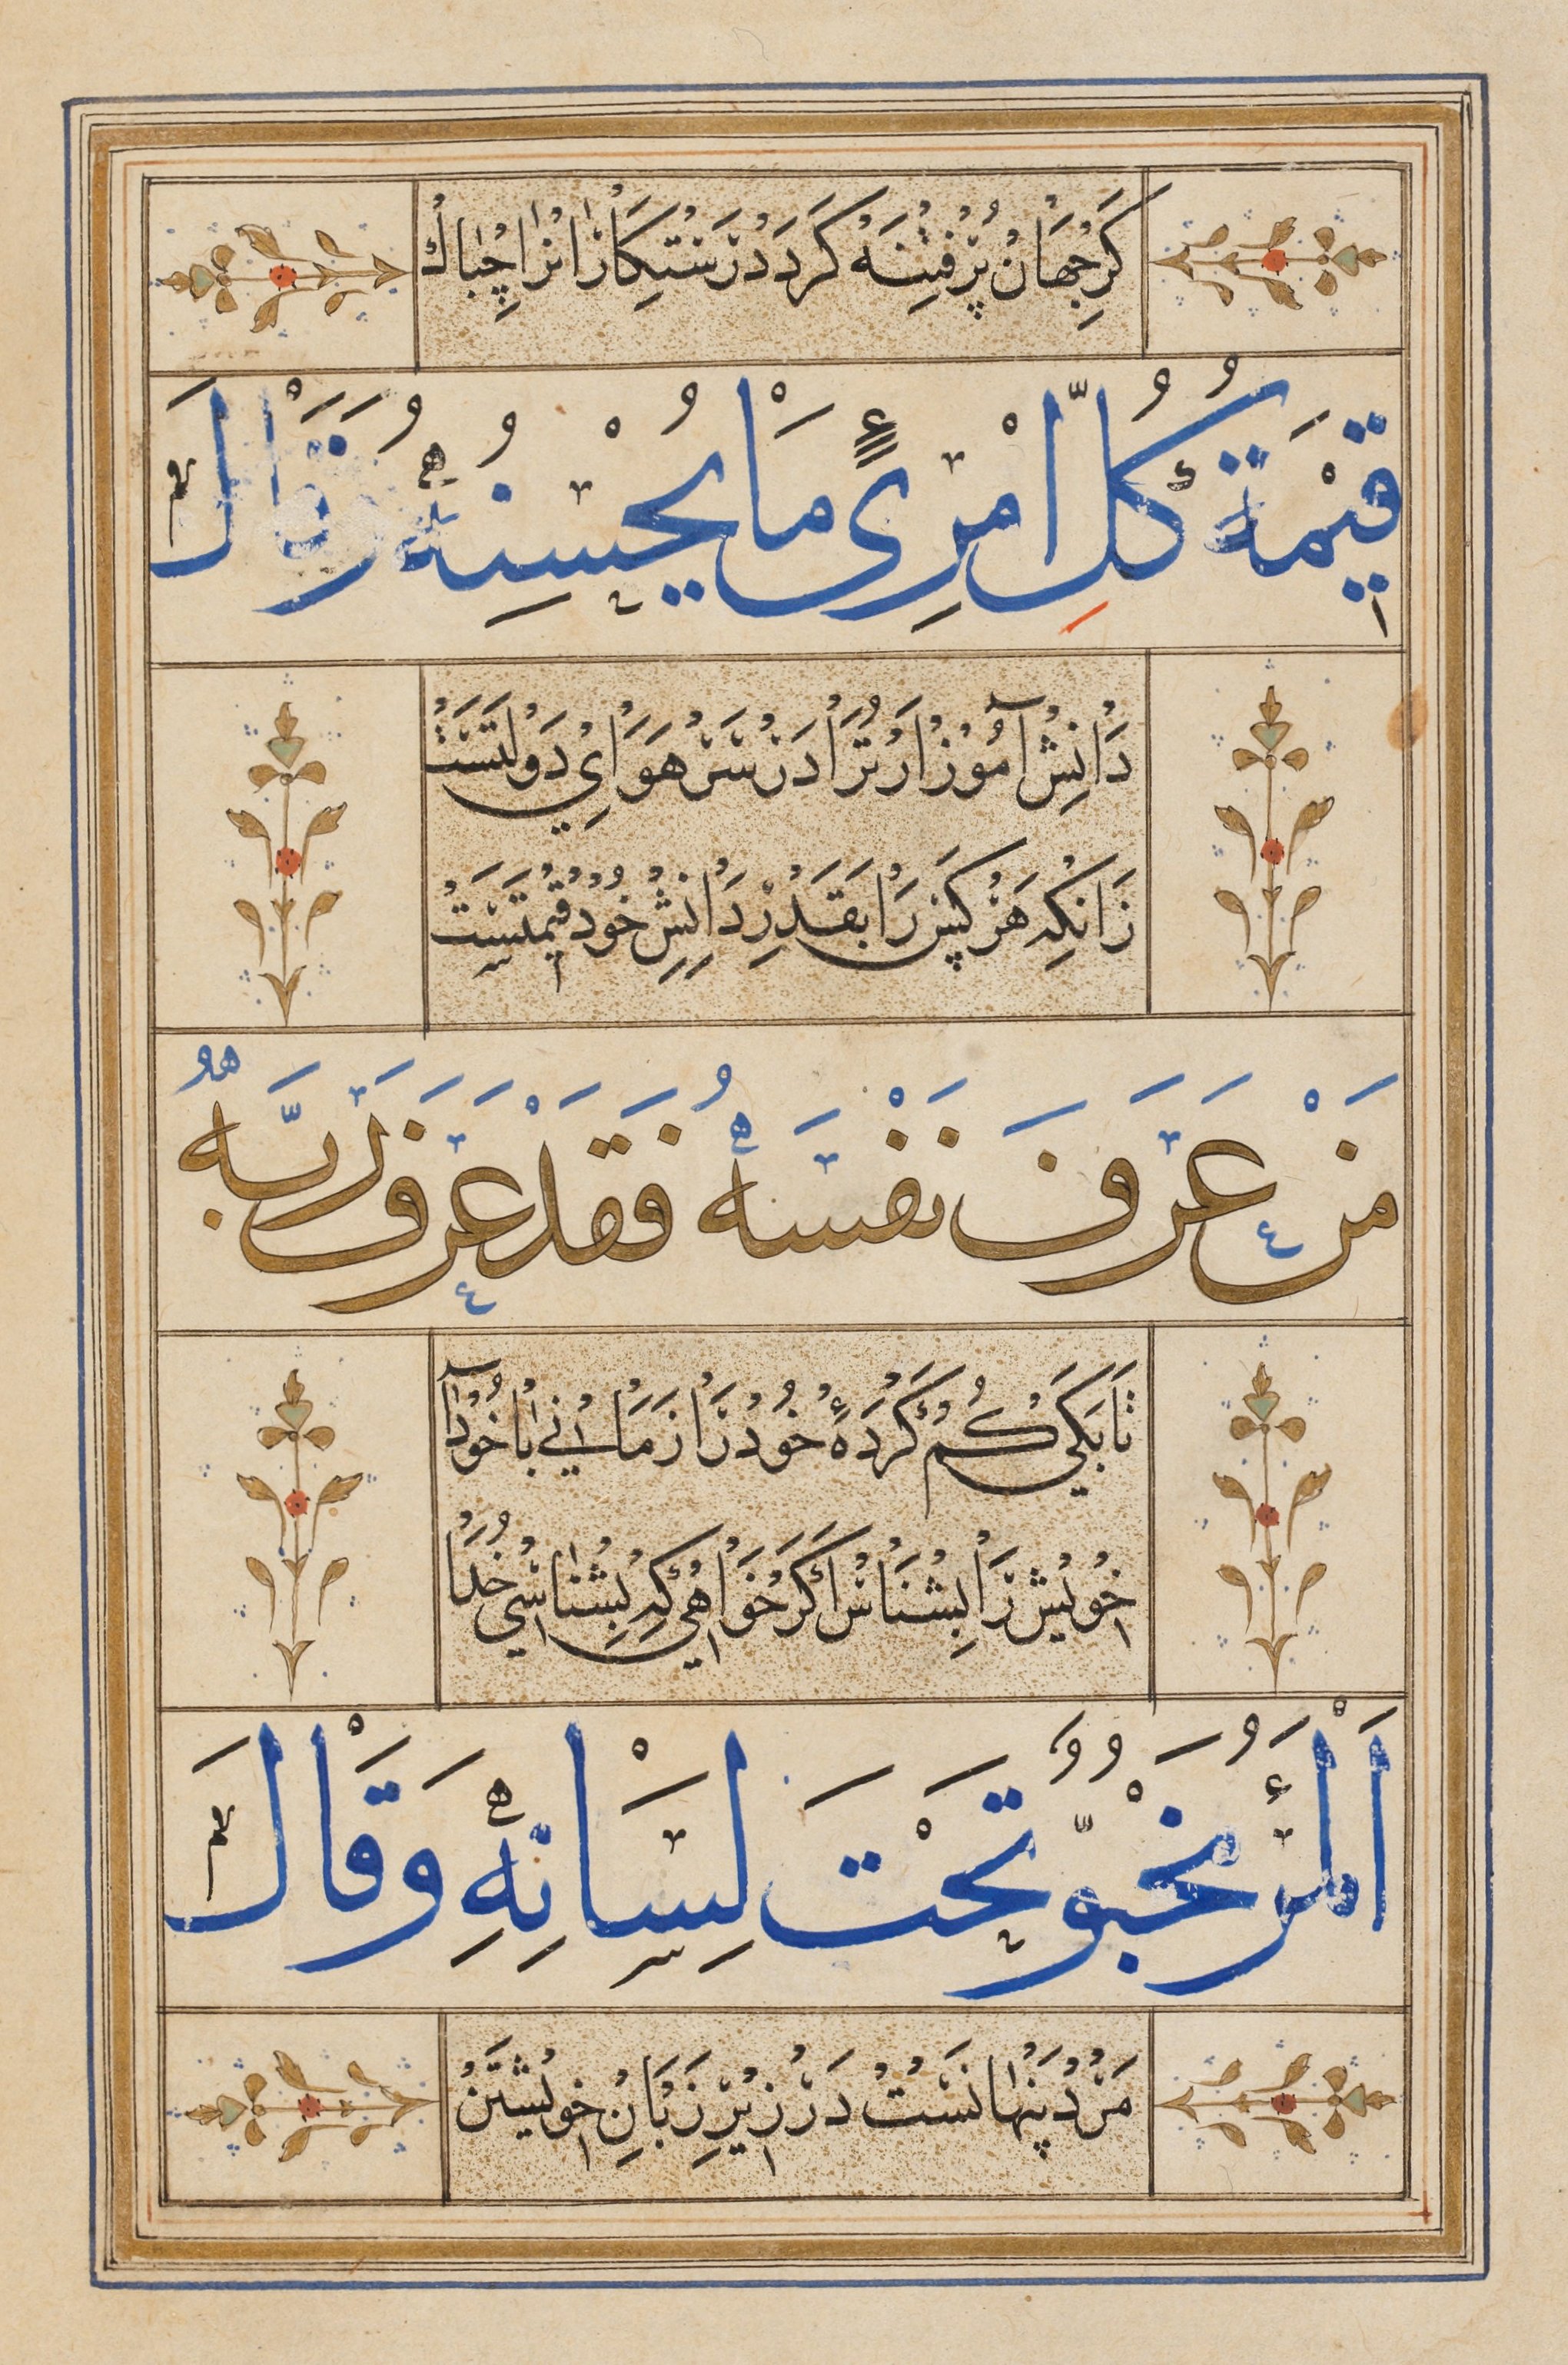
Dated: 1545–1545